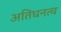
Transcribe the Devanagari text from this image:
अतिघनत्व